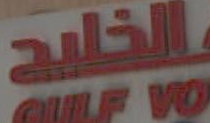
الخليج